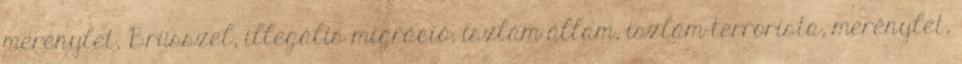
merénylet, Brüsszel, illegális migráció, iszlám állam, iszlám terrorista, merénylet,